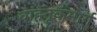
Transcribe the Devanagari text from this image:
वाहतूकमार्ग